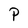
Character: P